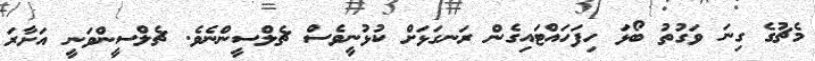
މެޗުގެ ގިނަ ވަގުތު ބޯޅަ ހިފަހައްޓައިގެން ރަނގަޅަށް ކުޅުނީވެސް ޗެލްސީންނެވެ. ޗެލްސީންވަނީ އަށާރަ